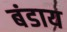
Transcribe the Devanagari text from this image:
बंडाय